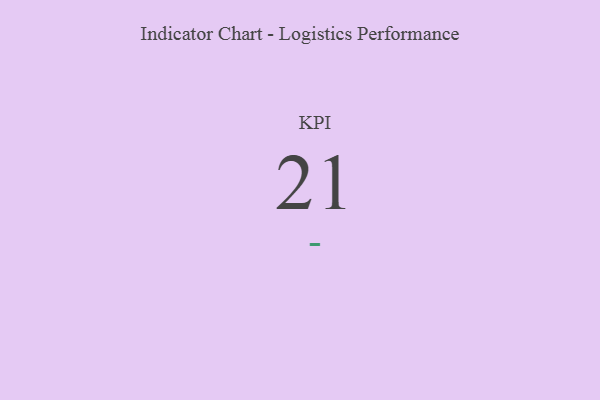
{"axis": {"x": "KPI", "y": "Value"}, "legend": [""], "data": [{"x": "KPI", "y": 21, "type": ""}]}